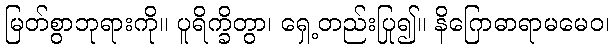
မြတ်စွာဘုရားကို။ ပူရိက္ခိတွာ၊ ရှေ့တည်းပြု၍။ နိဂြောဓာရာမမေဝ၊